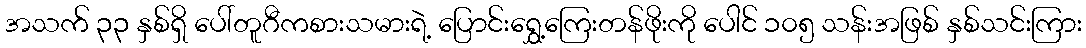
အသက် ၃၃ နှစ်ရှိ ပေါ်တူဂီကစားသမားရဲ့ ပြောင်းရွှေ့ကြေးတန်ဖိုးကို ပေါင် ၁၀၅ သန်းအဖြစ် နှစ်သင်းကြား